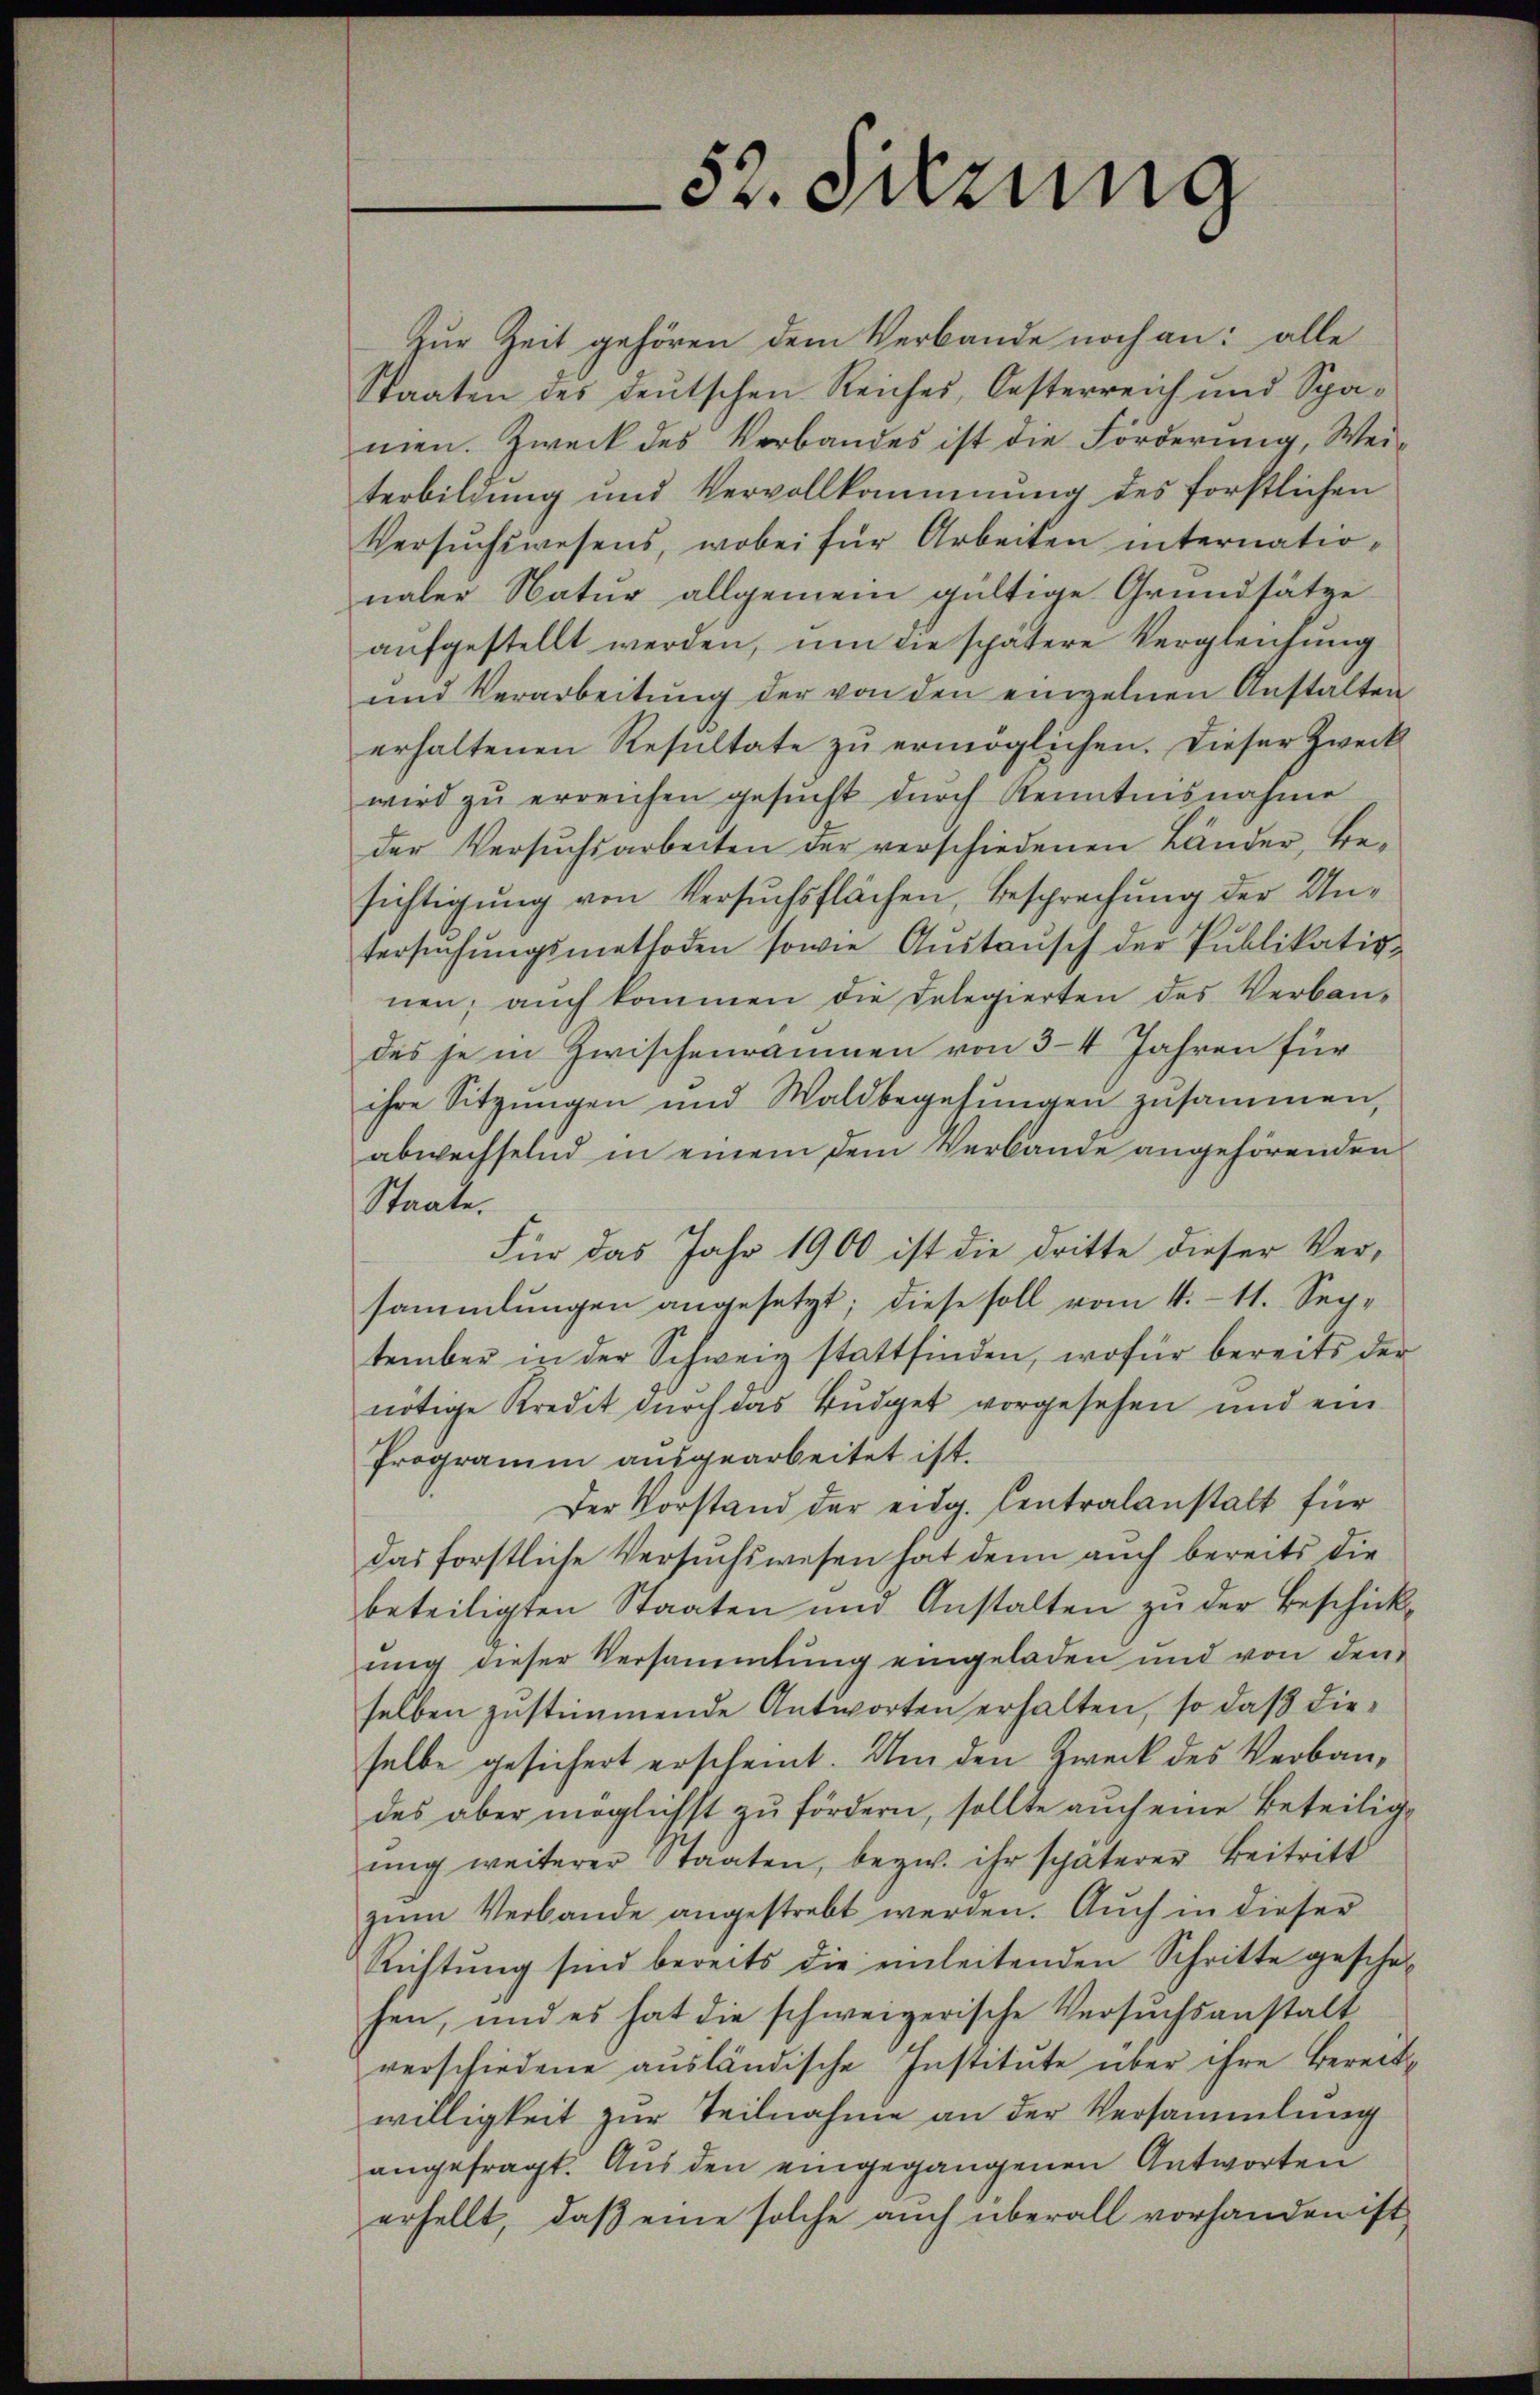
52. Sitzung

Zur Zeit gehören dem Verbande noch an: alle
Staaten des deutschen Reiches, Oesterreich und Spamen. Zweck des Verbandes ist die Förderung, Weiterbildung und Vervollkommnung des forstlichen
Versuchswesens, wobei für Arbeiten internationaler Natur allgemein gültige Grundsätze
aufgestellt werden, um die spätere Vergleichung
und Verarbeitŭng der von den einzelnen Anstalten
erhaltenen Resultate zŭ ermöglichen. Dieser Zweck
wird zu erreichen gesucht durch Kenntnisnahme
der Versuchsarbeiten der verschiedenen Länder, Besichtigung von Versuchsflächen, Besprechung der Untersŭchŭngsmethoden sowie Aŭstaŭsch der Publikativ-
nen; auch kommen die Delegierten des Verban-
des je in Zwischenräumen von 3-4 Jahren für
ihre Sitzungen und Waldbegehungen zusammen,
abwechselnd in einem dem Verbande angehörenden
Staate.
Für das Jahr 1900 ist die dritte dieser Versammlungen angesetzt; diese soll vom 4. 11. Sep-
tember in der Schweiz stattfinden, wofür bereits der
nötige Kredit durch das Budget vorgesehen und ein
Programm ausgearbeitet ist.
Der Vorstand der eidg. Centralanstalt für
das forstliche Versuchswesen hat denn auch bereits die
beteiligten Staaten und Anstalten zu der Beschickŭng dieser Versammlung eingeladen und von den
selben zustimmende Antworten erhalten, so daß dieselbe gesichert erscheint. Um den Zweck des Verbaudes aber möglichst zu fördern, sollte auch eine Beteiligŭng weiterer Staaten, bezw. ihr späterer Beitritt
zŭm Verbande angestrebt werden. Auch in dieser
Richtŭng sind bereits die einleitenden Schritte gesche-
hen, und es hat die schweizerische Versuchsanstalt
verschiedene ausländische Institute über ihre bereits
willigkeit zur Teilnahme an der Versammlung
angefragt. Aus den eingegangenen Antworten
erhellt, daß eine solche auch überall vorhanden ist,